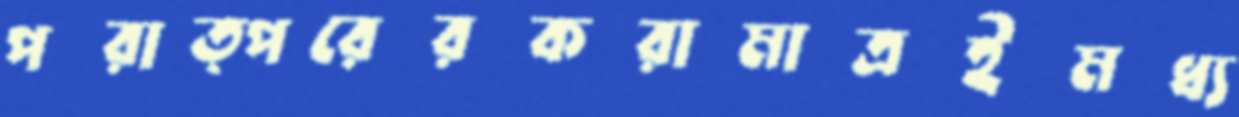
পরাত্পরেরকরামাত্রইমধ্য